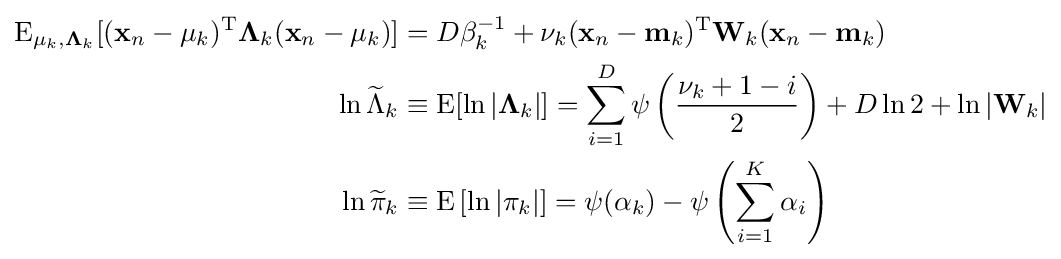
{\begin{aligned}\operatorname {E} _{\mathbf {\mu } _{k},\mathbf {\Lambda } _{k}}[(\mathbf {x} _{n}-\mathbf {\mu } _{k})^{\rm {T}}\mathbf {\Lambda } _{k}(\mathbf {x} _{n}-\mathbf {\mu } _{k})]&=D\beta _{k}^{-1}+\nu _{k}(\mathbf {x} _{n}-\mathbf {m} _{k})^{\rm {T}}\mathbf {W} _{k}(\mathbf {x} _{n}-\mathbf {m} _{k})\\\ln {\widetilde {\Lambda }}_{k}&\equiv \operatorname {E} [\ln |\mathbf {\Lambda } _{k}|]=\sum _{i=1}^{D}\psi \left({\frac {\nu _{k}+1-i}{2}}\right)+D\ln 2+\ln |\mathbf {W} _{k}|\\\ln {\widetilde {\pi }}_{k}&\equiv \operatorname {E} \left[\ln |\pi _{k}|\right]=\psi (\alpha _{k})-\psi \left(\sum _{i=1}^{K}\alpha _{i}\right)\end{aligned}}